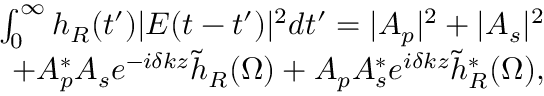
\begin{array} { r } { \int _ { 0 } ^ { \infty } h _ { R } ( t ^ { \prime } ) | E ( t - t ^ { \prime } ) | ^ { 2 } d t ^ { \prime } = | A _ { p } | ^ { 2 } + | A _ { s } | ^ { 2 } } \\ { + A _ { p } ^ { * } A _ { s } e ^ { - i \delta k z } \tilde { h } _ { R } ( \Omega ) + A _ { p } A _ { s } ^ { * } e ^ { i \delta k z } \tilde { h } _ { R } ^ { * } ( \Omega ) , } \end{array}